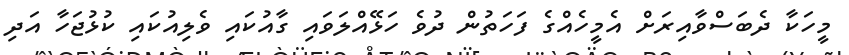
މީހަކާ ދެބަސްވާއިރަށް އެމީހެއްގެ ފަހަތުން ދުވެ ހަޅޭއްލަވައި ގާއުކައި ވެލިއުކައި ކުޅުޖަހާ އަދި